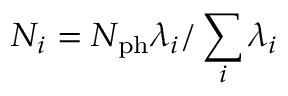
N _ { i } = N _ { \mathrm { p h } } \lambda _ { i } / \sum _ { i } \lambda _ { i }